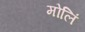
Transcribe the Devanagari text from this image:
मोलिं